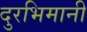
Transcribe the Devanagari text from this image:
दुरभिमानी